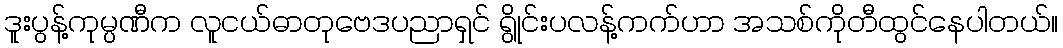
ဒူးပွန့်ကုမ္ပဏီက လူငယ်ဓာတုဗေဒပညာရှင် ရွိုင်းပလန့်ကက်ဟာ အသစ်ကိုတီထွင်နေပါတယ်။